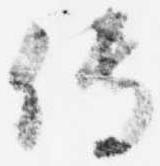
伝